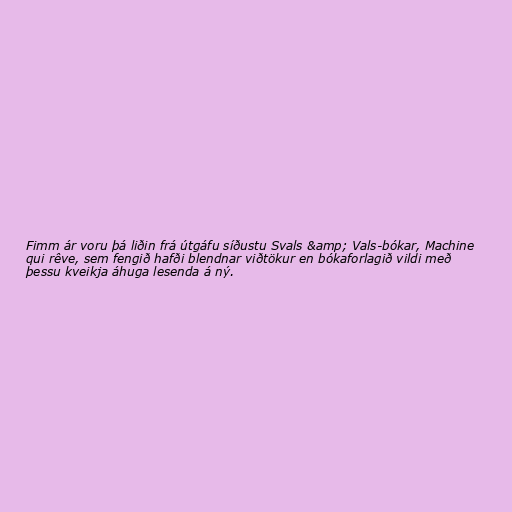
Fimm ár voru þá liðin frá útgáfu síðustu Svals &amp; Vals-bókar, Machine
qui rêve, sem fengið hafði blendnar viðtökur en bókaforlagið vildi með
þessu kveikja áhuga lesenda á ný.